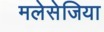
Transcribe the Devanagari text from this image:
मलेसेजिया